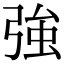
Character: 強